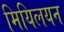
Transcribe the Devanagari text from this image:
मियिलयन